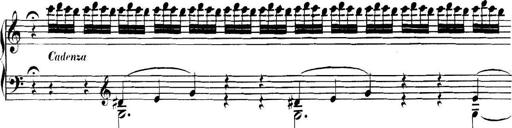
Title: Collected Piano Sonatas
Composer: Muzio Clementi